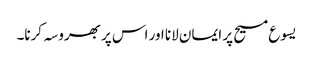
یسوع مسیح پر ایمان لانا اور اس پر بھروسہ کرنا۔